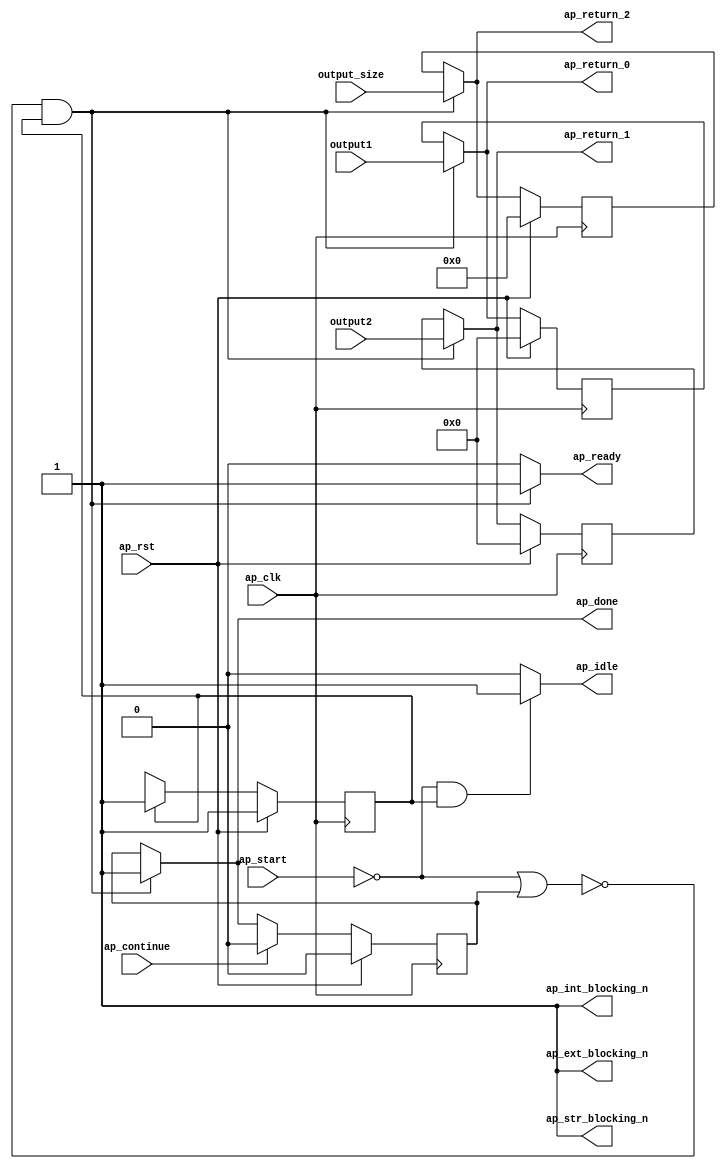
// ==============================================================
// RTL generated by Vitis HLS - High-Level Synthesis from C, C++ and OpenCL v2021.1 (64-bit)
// Version: 2021.1
// Copyright (C) Copyright 1986-2021 Xilinx, Inc. All Rights Reserved.
// 
// ===========================================================

`timescale 1 ns / 1 ps 

module ydma_entry_proc (
        ap_clk,
        ap_rst,
        ap_start,
        ap_done,
        ap_continue,
        ap_idle,
        ap_ready,
        output1,
        output2,
        output_size,
        ap_return_0,
        ap_return_1,
        ap_return_2,
        ap_ext_blocking_n,
        ap_str_blocking_n,
        ap_int_blocking_n
);

parameter    ap_ST_fsm_state1 = 1'd1;

input   ap_clk;
input   ap_rst;
input   ap_start;
output   ap_done;
input   ap_continue;
output   ap_idle;
output   ap_ready;
input  [63:0] output1;
input  [63:0] output2;
input  [31:0] output_size;
output  [63:0] ap_return_0;
output  [63:0] ap_return_1;
output  [31:0] ap_return_2;
output   ap_ext_blocking_n;
output   ap_str_blocking_n;
output   ap_int_blocking_n;

reg ap_done;
reg ap_idle;
reg ap_ready;
reg[63:0] ap_return_0;
reg[63:0] ap_return_1;
reg[31:0] ap_return_2;

reg    ap_done_reg;
(* fsm_encoding = "none" *) reg   [0:0] ap_CS_fsm;
wire    ap_CS_fsm_state1;
reg    ap_block_state1;
reg   [63:0] ap_return_0_preg;
reg   [63:0] ap_return_1_preg;
reg   [31:0] ap_return_2_preg;
reg   [0:0] ap_NS_fsm;
reg    ap_ST_fsm_state1_blk;
wire    ap_ce_reg;

// power-on initialization
initial begin
#0 ap_done_reg = 1'b0;
#0 ap_CS_fsm = 1'd1;
#0 ap_return_0_preg = 64'd0;
#0 ap_return_1_preg = 64'd0;
#0 ap_return_2_preg = 32'd0;
end

always @ (posedge ap_clk) begin
    if (ap_rst == 1'b1) begin
        ap_CS_fsm <= ap_ST_fsm_state1;
    end else begin
        ap_CS_fsm <= ap_NS_fsm;
    end
end

always @ (posedge ap_clk) begin
    if (ap_rst == 1'b1) begin
        ap_done_reg <= 1'b0;
    end else begin
        if ((ap_continue == 1'b1)) begin
            ap_done_reg <= 1'b0;
        end else if ((~((ap_start == 1'b0) | (ap_done_reg == 1'b1)) & (1'b1 == ap_CS_fsm_state1))) begin
            ap_done_reg <= 1'b1;
        end
    end
end

always @ (posedge ap_clk) begin
    if (ap_rst == 1'b1) begin
        ap_return_0_preg <= 64'd0;
    end else begin
        if ((~((ap_start == 1'b0) | (ap_done_reg == 1'b1)) & (1'b1 == ap_CS_fsm_state1))) begin
            ap_return_0_preg <= output1;
        end
    end
end

always @ (posedge ap_clk) begin
    if (ap_rst == 1'b1) begin
        ap_return_1_preg <= 64'd0;
    end else begin
        if ((~((ap_start == 1'b0) | (ap_done_reg == 1'b1)) & (1'b1 == ap_CS_fsm_state1))) begin
            ap_return_1_preg <= output2;
        end
    end
end

always @ (posedge ap_clk) begin
    if (ap_rst == 1'b1) begin
        ap_return_2_preg <= 32'd0;
    end else begin
        if ((~((ap_start == 1'b0) | (ap_done_reg == 1'b1)) & (1'b1 == ap_CS_fsm_state1))) begin
            ap_return_2_preg <= output_size;
        end
    end
end

always @ (*) begin
    if (((ap_start == 1'b0) | (ap_done_reg == 1'b1))) begin
        ap_ST_fsm_state1_blk = 1'b1;
    end else begin
        ap_ST_fsm_state1_blk = 1'b0;
    end
end

always @ (*) begin
    if ((~((ap_start == 1'b0) | (ap_done_reg == 1'b1)) & (1'b1 == ap_CS_fsm_state1))) begin
        ap_done = 1'b1;
    end else begin
        ap_done = ap_done_reg;
    end
end

always @ (*) begin
    if (((ap_start == 1'b0) & (1'b1 == ap_CS_fsm_state1))) begin
        ap_idle = 1'b1;
    end else begin
        ap_idle = 1'b0;
    end
end

always @ (*) begin
    if ((~((ap_start == 1'b0) | (ap_done_reg == 1'b1)) & (1'b1 == ap_CS_fsm_state1))) begin
        ap_ready = 1'b1;
    end else begin
        ap_ready = 1'b0;
    end
end

always @ (*) begin
    if ((~((ap_start == 1'b0) | (ap_done_reg == 1'b1)) & (1'b1 == ap_CS_fsm_state1))) begin
        ap_return_0 = output1;
    end else begin
        ap_return_0 = ap_return_0_preg;
    end
end

always @ (*) begin
    if ((~((ap_start == 1'b0) | (ap_done_reg == 1'b1)) & (1'b1 == ap_CS_fsm_state1))) begin
        ap_return_1 = output2;
    end else begin
        ap_return_1 = ap_return_1_preg;
    end
end

always @ (*) begin
    if ((~((ap_start == 1'b0) | (ap_done_reg == 1'b1)) & (1'b1 == ap_CS_fsm_state1))) begin
        ap_return_2 = output_size;
    end else begin
        ap_return_2 = ap_return_2_preg;
    end
end

always @ (*) begin
    case (ap_CS_fsm)
        ap_ST_fsm_state1 : begin
            ap_NS_fsm = ap_ST_fsm_state1;
        end
        default : begin
            ap_NS_fsm = 'bx;
        end
    endcase
end

assign ap_CS_fsm_state1 = ap_CS_fsm[32'd0];

always @ (*) begin
    ap_block_state1 = ((ap_start == 1'b0) | (ap_done_reg == 1'b1));
end

assign ap_ext_blocking_n = (1'b1 & 1'b1);

assign ap_int_blocking_n = (1'b1 & 1'b1);

assign ap_str_blocking_n = (1'b1 & 1'b1);

endmodule //ydma_entry_proc